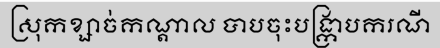
ស្រុកខ្សាច់កណ្តាល បាបចុះបង្ក្រាបករណី